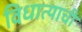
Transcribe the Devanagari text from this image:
विधात्याची